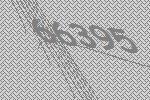
66395